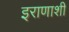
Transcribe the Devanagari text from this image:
इराणाशी